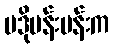
ပဒိုမန်းမန်းက